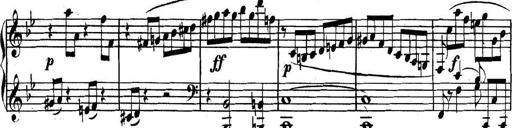
Title: Collected Piano Sonatas
Composer: Muzio Clementi